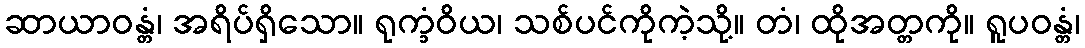
ဆာယာဝန္တံ၊ အရိပ်ရှိသော။ ရုက္ခံဝိယ၊ သစ်ပင်ကိုကဲ့သို့။ တံ၊ ထိုအတ္တကို။ ရူပဝန္တံ၊